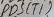
Text: PD5